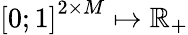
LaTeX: \left[0;1\right]^{2\times M}\mapsto\mathbb{R}_{+}